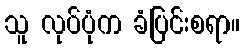
သူ လုပ်ပုံက ခံပြင်းစရာ။